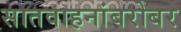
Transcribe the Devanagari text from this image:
सातवाहनांबरोबर